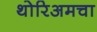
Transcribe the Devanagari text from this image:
थोरिअमचा